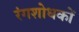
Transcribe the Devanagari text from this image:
रंगशोधकों